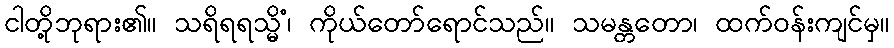
ငါတို့ဘုရား၏။ သရိရရသ္မိံ၊ ကိုယ်တော်ရောင်သည်။ သမန္တတော၊ ထက်ဝန်းကျင်မှ။